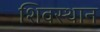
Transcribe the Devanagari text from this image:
शिवस्थान